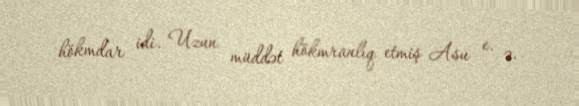
hökmdar idi. Uzun müddət hökmranlıq etmiş Asu e. ə.